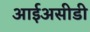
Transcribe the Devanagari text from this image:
आईअसीडी